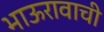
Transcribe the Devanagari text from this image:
भाऊरावाची